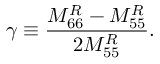
\gamma \equiv \frac { M _ { 6 6 } ^ { R } - M _ { 5 5 } ^ { R } } { 2 M _ { 5 5 } ^ { R } } .